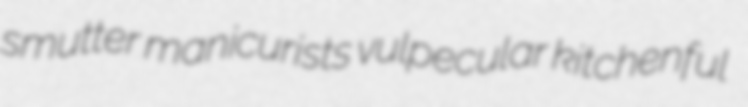
smutter manicurists vulpecular kitchenful